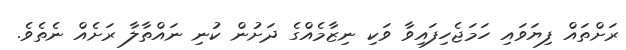
ރަށްތައް ފިޔަވައި ހަމަޖެހިފައިވާ ވަކި ނިޒާމެއްގެ ދަށުން ކުނި ނައްތާލާ ރަށެއް ނެތެވެ.